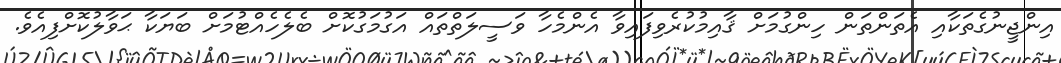
އިންޖީނުގެތަކާއި އެތަންތަން ހިންގުމަށް ޤާއިމުކުރެވިފައިވާ އެންމެހާ ވަސީލަތްތައް އަގުމަގުކޮށް ބެލެހެއްޓުމަށް ބަޔަކާ ޙަވާލުކޮށްފިއެވެ.